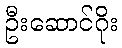
ဦးဆောင်ဂိုး